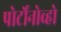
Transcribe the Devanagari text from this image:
पोर्टोनोव्हो